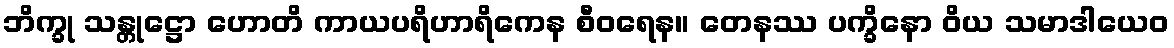
ဘိက္ခု သန္တုဋ္ဌော ဟောတိ ကာယပရိဟာရိကေန စီဝရေန။ တေနဿ ပက္ခိနော ဝိယ သမာဒါယေဝ